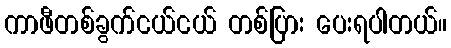
ကာဖီတစ်ခွက်ငယ်ငယ် တစ်ပြား ပေးရပါတယ်။